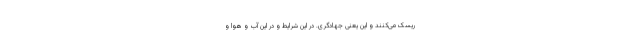
ریسک می‌کنند و این یعنی جهادگری. در این شرایط و در این آب و هوا و